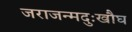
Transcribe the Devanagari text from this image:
जराजन्मदुःखौघ